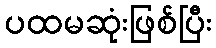
ပထမဆုံးဖြစ်ပြီး